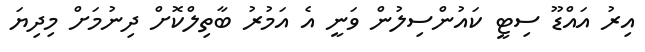
އިރު އައްޑޫ ސިޓީ ކައުންސިލުން ވަނީ އެ އަމުރު ބާތިލްކޮށް ދިނުމަށް މިދިޔަ